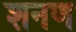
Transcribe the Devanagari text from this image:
शनण